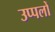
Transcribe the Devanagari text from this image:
उप्पलों